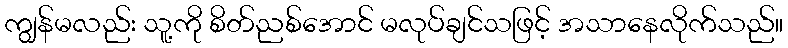
ကျွန်မလည်း သူ့ကို စိတ်ညစ်အောင် မလုပ်ချင်သဖြင့် အသာနေလိုက်သည်။